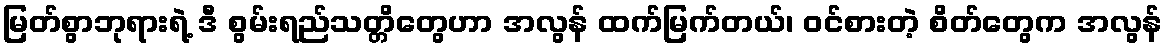
မြတ်စွာဘုရားရဲ့ ဒီ စွမ်းရည်သတ္တိတွေဟာ အလွန် ထက်မြက်တယ်၊ ဝင်စားတဲ့ စိတ်တွေက အလွန်